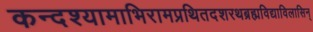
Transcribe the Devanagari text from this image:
कन्दश्यामाभिरामप्रथितदशरथब्रह्मविद्याविलासिन्